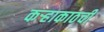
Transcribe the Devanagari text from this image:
कऱ्हाकाठची